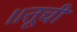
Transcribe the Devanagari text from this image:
॥तूची